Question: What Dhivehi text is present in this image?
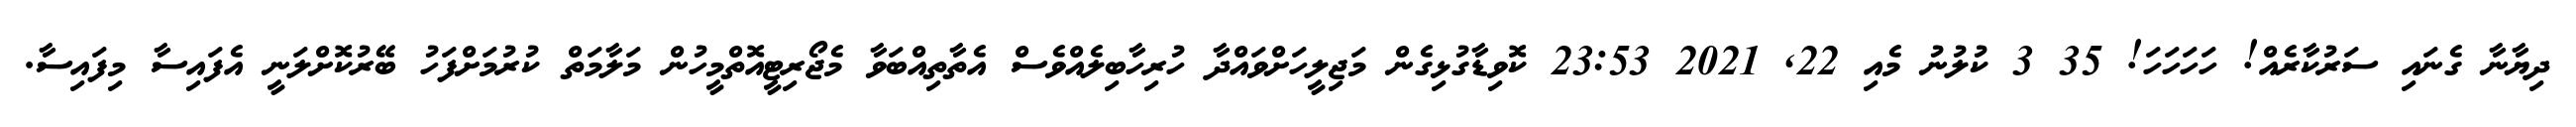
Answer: ދިޔާނާ ގެނައި ސަރުކާރެއް! ހަހަހަހަ! 35 3 ކުލުނު މެއި 22, 2021 23:53 ކޮވިޑާގުޅިގެން މަޖިލީހަށްވައްދާ ހުރިހާބިލެއްވެސް އެތާތިއްބަވާ މެޖޯރިޓީއޮތްމީހުން މަލާމަތް ކުރުމަށްފަހު ބޭރުކޮށްލަނީ އެފައިސާ މިފައިސާ.